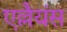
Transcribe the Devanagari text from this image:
एल्लैयंस